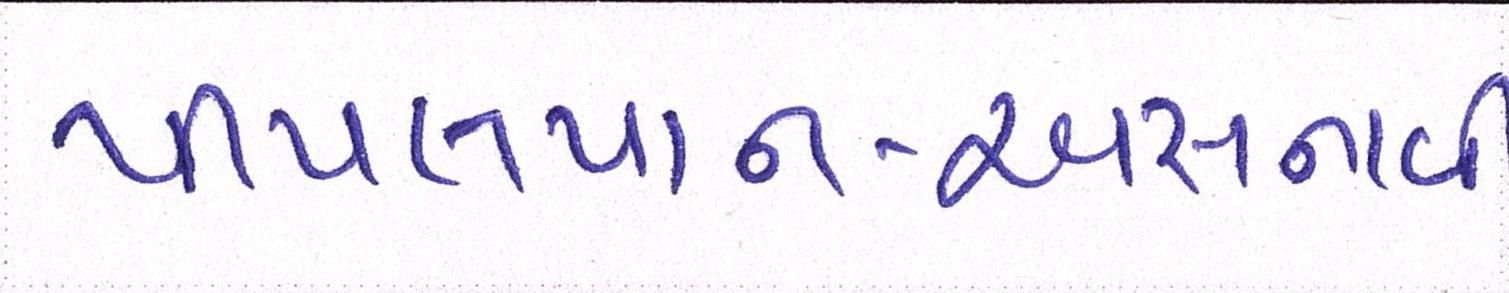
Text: પીપલપાન-અસનાવી